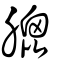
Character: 膍